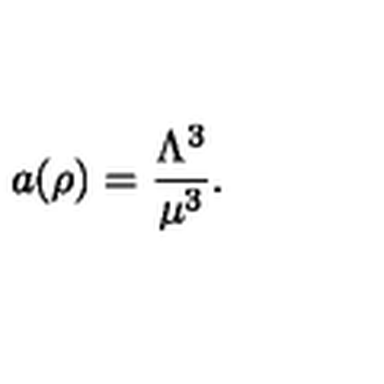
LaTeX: a ( \rho ) = \frac { \Lambda ^ { 3 } } { \mu ^ { 3 } } .